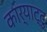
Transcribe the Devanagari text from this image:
कार्याट्टु